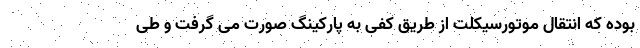
بوده که انتقال موتورسیکلت از طریق کفی به پارکینگ صورت می گرفت و طی